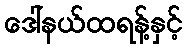
ဒေါ်နယ်ထရန့်နှင့်